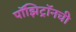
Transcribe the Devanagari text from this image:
पॉझिट्रॉनची